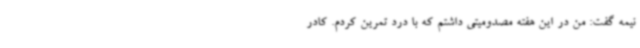
نیمه گفت: من در این هفته مصدومیتی داشتم که با درد تمرین کردم. کادر